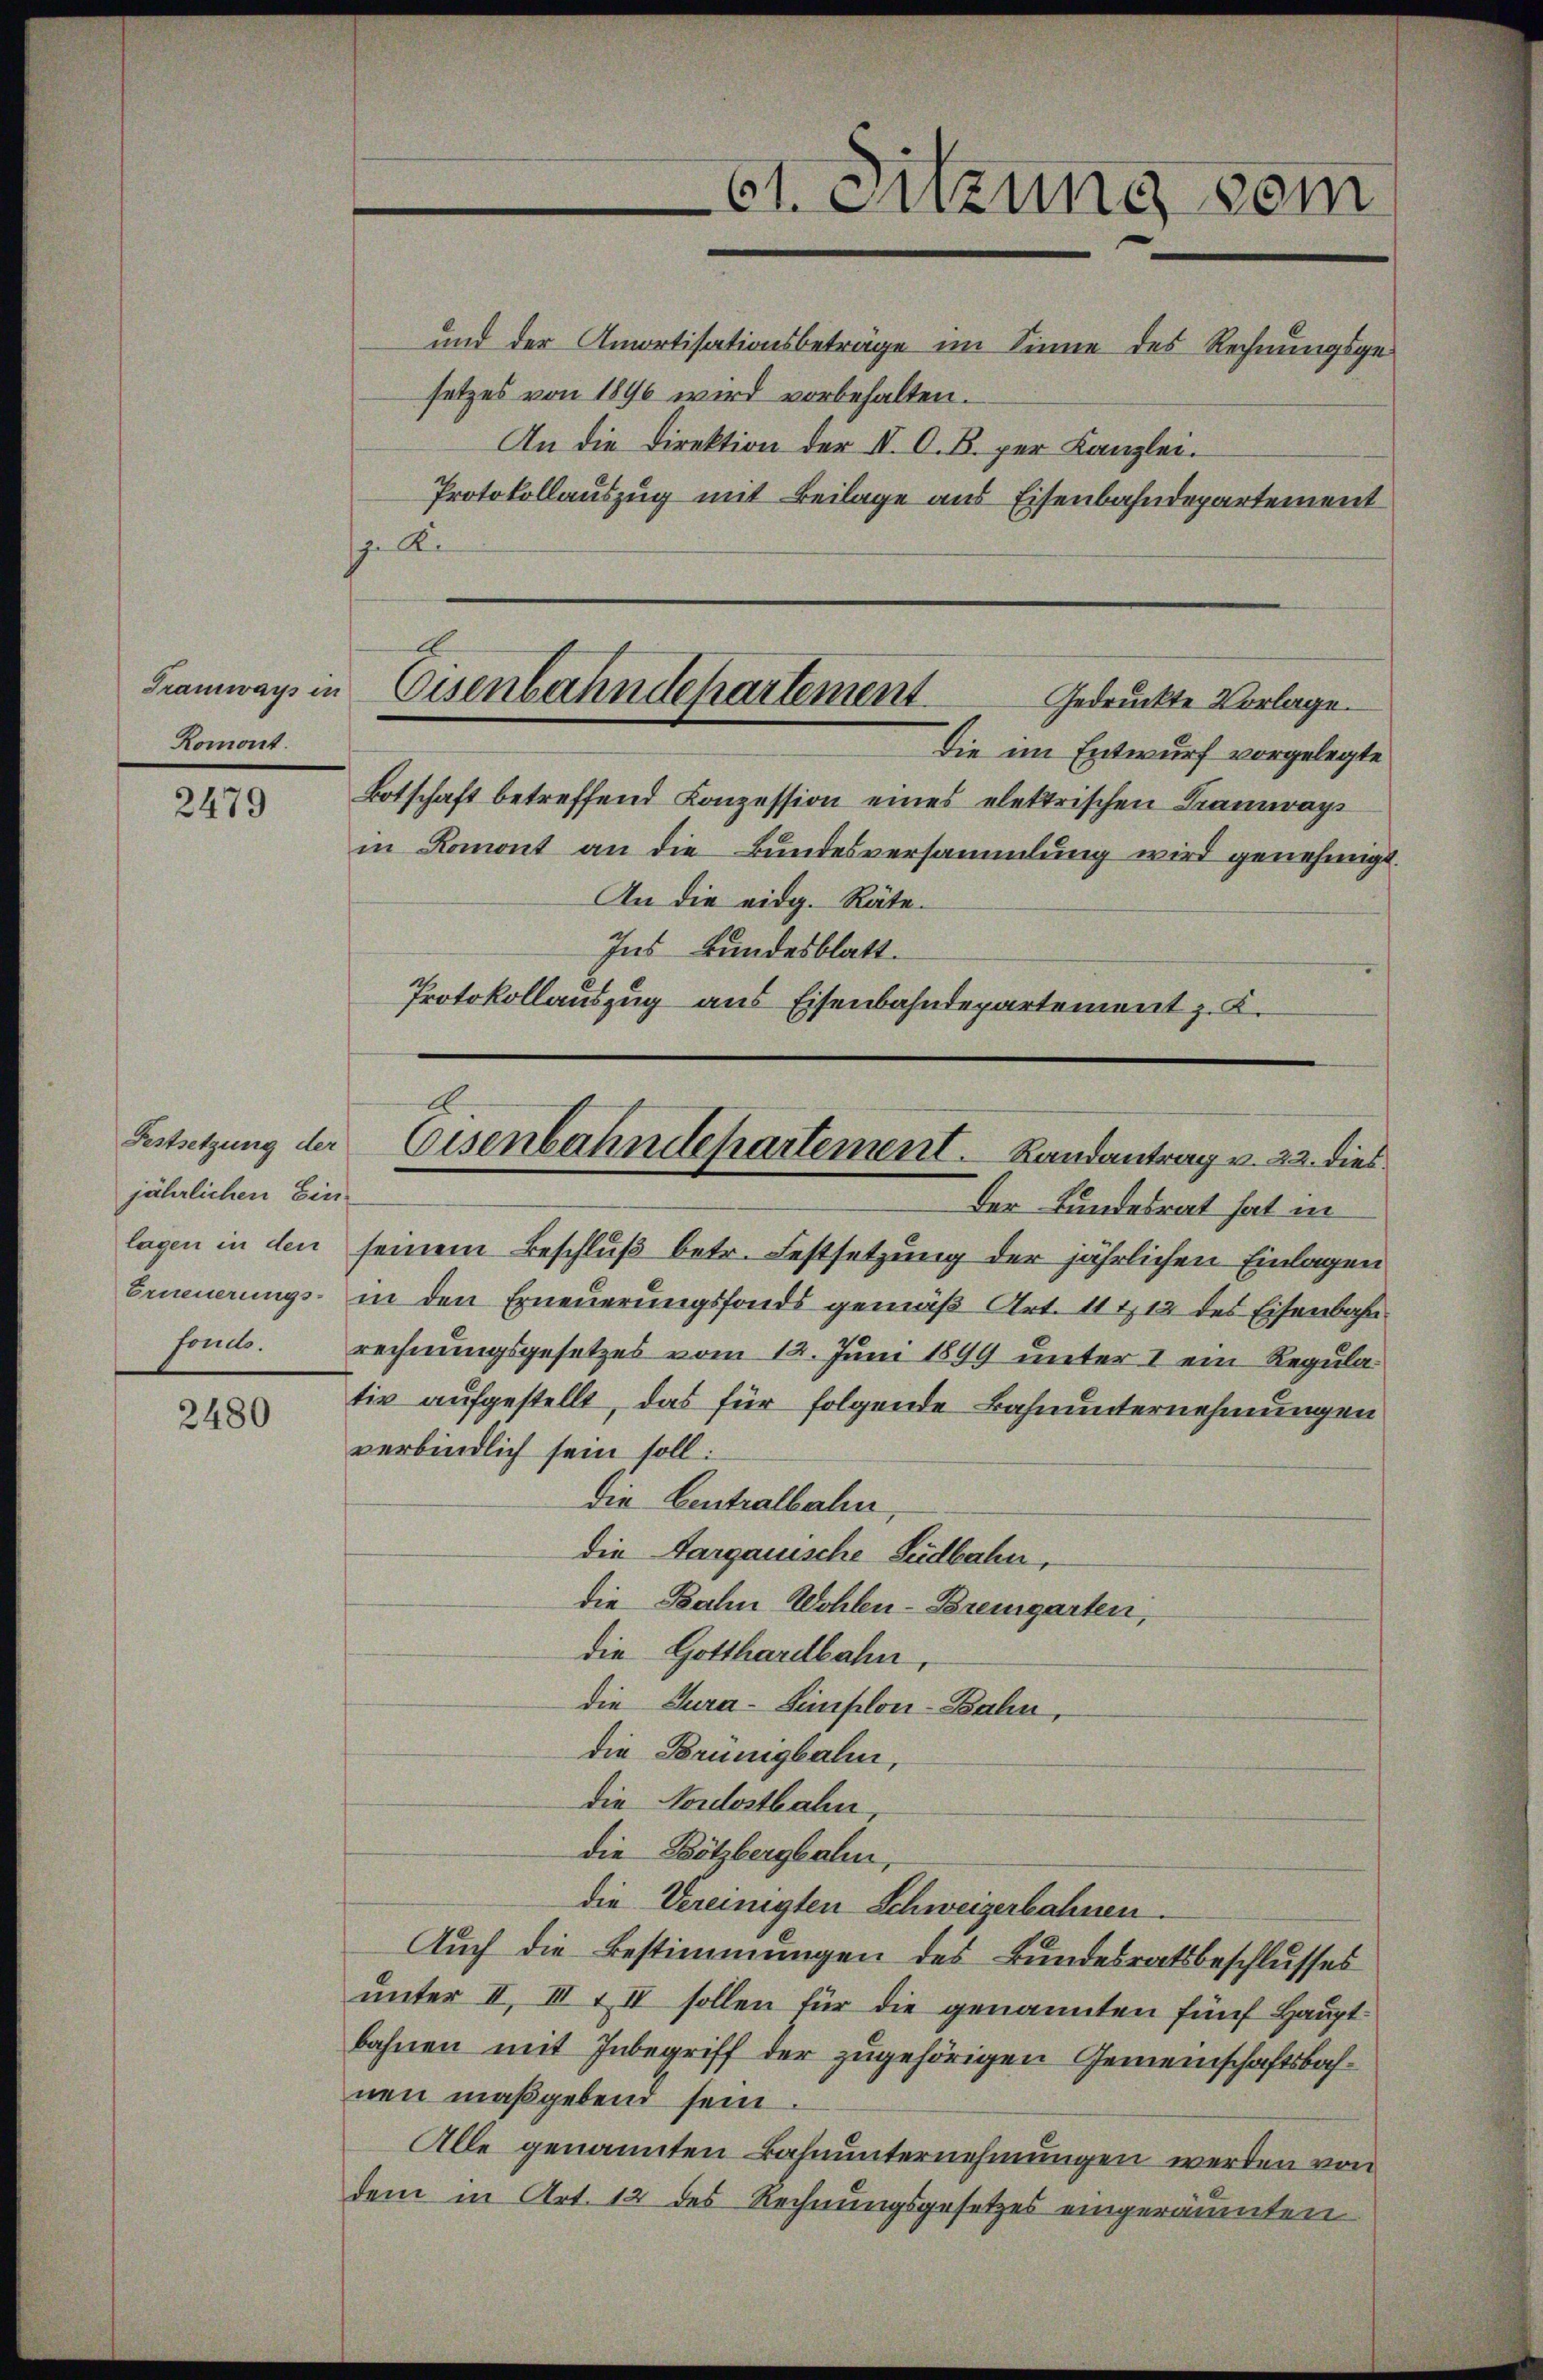
Tramwars in
Romont.

2479

Festsetzung der
jährlichen Ein-
Foulle.

2480

setzes von 1896 wird vorbehalten.
 A

Eisenbahndepartement
Gedruckte Vorlage.
Die im Entwurf vorgelegte
Botschaft betreffend Conzession eines elektrischen Krantrags

in Romont an die Bundesversammlung wird genehmigt.
An die eidg. Räte¬
Ins Bundesblatt.
Protokollauszug aus Eisenbahndepartement z. K.

lagen in den seinem Beschluß betr. Festsetzung der jährlichen Einlagen
Erneuerungs- in den Erneuerungsfonds gemäß Art. 11 t 12 des Eisenbahn
rechnungsgesetzes vom 12. Juni 1899 unter I ein Regulativ aufgestellt, das für folgende Bahnunternehmungen
verbindlich sein soll:
Die Centralbahn,
die Aargauische Südbahn,
die Balin Wohlen-Bremgarten,
die Gotthardbahn
die Tura-Simplon-Bahn,
die Brünigbalen,
die Nordostbahn
die Bötzbergbahn,
die Vereinigten Schweizerbahnen.
Auch die Bestimmungen des Bundesratsbeschlusses
unter II, III & IV sollen für die genannten fünf Haupt-
bahnen mit Inbegriff der zugehörigen Gemeinschaftsbahnen maßgebend sein.
Alle genannten Bahnunternehmungen werden von
dem in Art. 12 des Rechnungsgesetzes eingeräumten

61. Augung dem
und der Amortisationsbeträge im Sinne des Rechnungsge¬
An die Direktion der II. C. R. per Kanzlei.
Protokollauszug mit Beilage aus Eisenbahndepartement

Eisenbahndepartement. Landantrag v. 22. dies
Der Bundesrat hat in